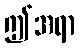
ဤအရာ